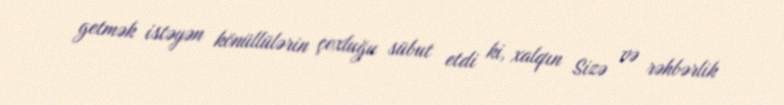
getmək istəyən könüllülərin çoxluğu sübut etdi ki, xalqın Sizə və rəhbərlik